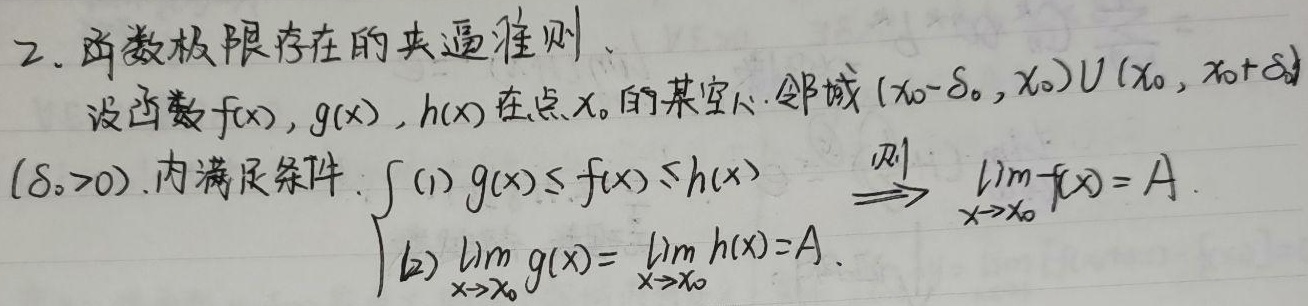
2. 函数极限存在的夹逼准则。设函数\(f(x),g(x),h(x)\)在点\(x_{0}\)的某空心邻域\((x_{0}-\delta_{0},x_{0})\cup(x_{0},x_{0}+\delta_{0})\)（\(\delta_{0}>0\)）内满足条件：
\(\begin{cases}
(1) g(x)\leq f(x)\leq h(x)\\
(2)\lim_{x \to x_{0}}g(x)=\lim_{x \to x_{0}}h(x)=A
\end{cases}\Rightarrow\lim_{x \to x_{0}}f(x)=A\)